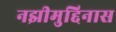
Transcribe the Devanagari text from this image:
नझीमुद्दिनास